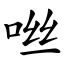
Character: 咝